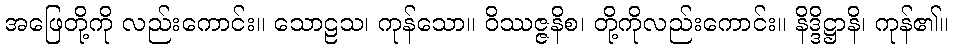
အဖြေတို့ကို လည်းကောင်း။ သောဠသ၊ ကုန်သော။ ဝိဿဇ္ဇနိစ၊ တို့ကိုလည်းကောင်း။ နိဒ္ဒိဋ္ဌာနိ၊ ကုန်၏။